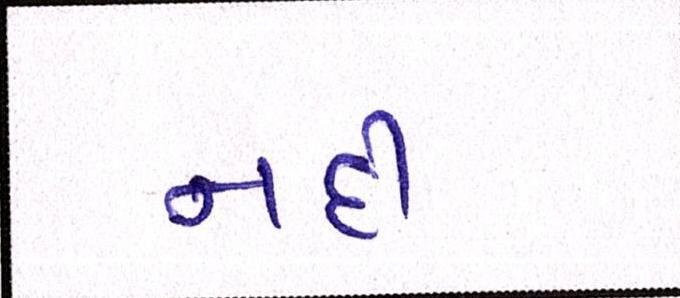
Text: નદી